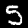
Digit: 5